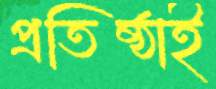
প্রতিষ্ঠাই